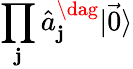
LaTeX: \prod_{\mathbf{j}}\hat{{a}}_{\mathbf{j}}^{\dag}|\vec{{0}}\rangle